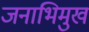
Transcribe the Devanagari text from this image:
जनाभिमुख